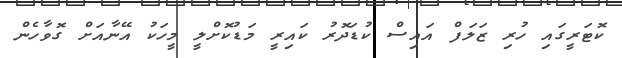
ކޮޓަރީގައި ހުރި ޒަލަފް އައިސް ކުޑަދޮރު ކައިރީ މަޑުކޮށްލީ މީހަކު އޭނާއަށް ގޮވާހެން